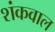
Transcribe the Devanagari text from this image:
शंकवाल